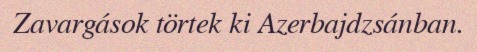
Zavargások törtek ki Azerbajdzsánban.